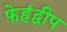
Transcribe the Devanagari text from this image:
फेहंद्वीप